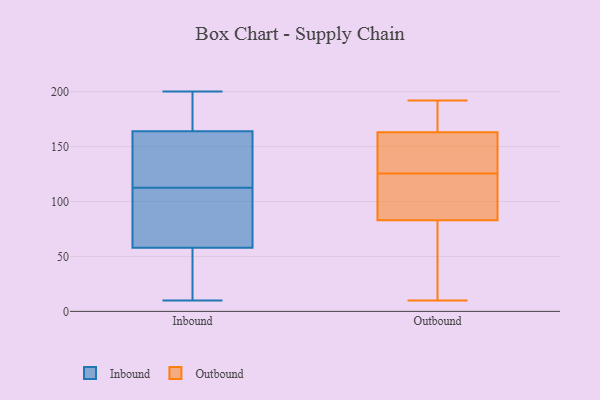
{"axis": {"x": "Population (Million)", "y": "Value"}, "legend": ["Inbound", "Outbound"], "data": [{"x": "", "y": 15, "type": "Inbound"}, {"x": "", "y": 164, "type": "Inbound"}, {"x": "", "y": 58, "type": "Inbound"}, {"x": "", "y": 108, "type": "Inbound"}, {"x": "", "y": 10, "type": "Inbound"}, {"x": "", "y": 149, "type": "Inbound"}, {"x": "", "y": 94, "type": "Inbound"}, {"x": "", "y": 185, "type": "Inbound"}, {"x": "", "y": 104, "type": "Inbound"}, {"x": "", "y": 125, "type": "Inbound"}, {"x": "", "y": 15, "type": "Inbound"}, {"x": "", "y": 165, "type": "Inbound"}, {"x": "", "y": 145, "type": "Inbound"}, {"x": "", "y": 88, "type": "Inbound"}, {"x": "", "y": 200, "type": "Inbound"}, {"x": "", "y": 56, "type": "Inbound"}, {"x": "", "y": 117, "type": "Inbound"}, {"x": "", "y": 167, "type": "Inbound"}, {"x": "", "y": 83, "type": "Outbound"}, {"x": "", "y": 86, "type": "Outbound"}, {"x": "", "y": 147, "type": "Outbound"}, {"x": "", "y": 10, "type": "Outbound"}, {"x": "", "y": 163, "type": "Outbound"}, {"x": "", "y": 177, "type": "Outbound"}, {"x": "", "y": 15, "type": "Outbound"}, {"x": "", "y": 134, "type": "Outbound"}, {"x": "", "y": 192, "type": "Outbound"}, {"x": "", "y": 117, "type": "Outbound"}]}